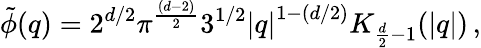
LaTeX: \tilde{\phi}(q)=2^{d/2}\pi^{\frac{(d-2)}{2}}3^{1/2}\left|q\right|^{1-(d/2)}K_{\frac{d}{2}-1}(\left|q\right|)\, ,